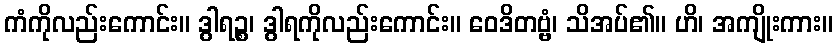
ကံကိုလည်းကောင်း။ ဒွါရဉ္စ၊ ဒွါရကိုလည်းကောင်း။ ဝေဒိတဗ္ဗံ၊ သိအပ်၏။ ဟိ၊ အကျိုးကား။